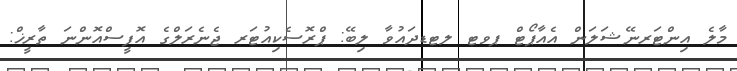
މާލެ އިންޓަރނޭޝަލަން އެއާޕޯޓް ޕވޓ ލޓޑދައުވާ ލިބޭ: ޕްރޮސެކިއުޓަރ ޖެނެރަލްގެ އޮފީސްއޮންނަ ތާރީޚް: